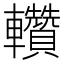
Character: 䡽